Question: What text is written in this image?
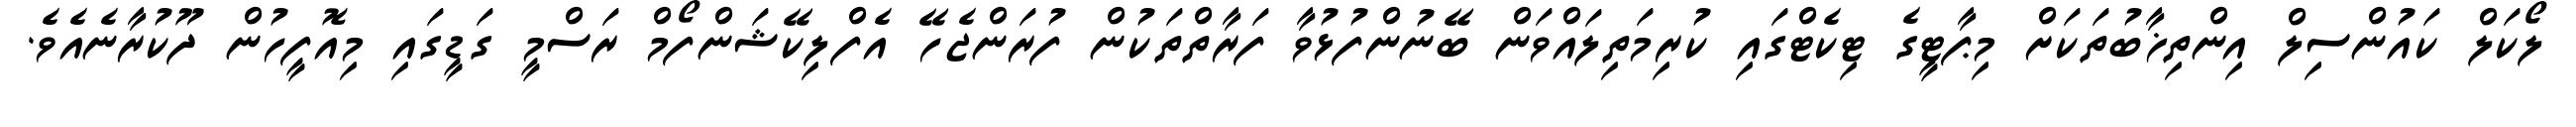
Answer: ލޯކަލް ކައުންސިލް އިންތިޚާބުތަކަށް މިޕާޓީގެ ޓިކެޓްގައި ކުރިމަތިލައްވަން ބޭނުންފުޅުވާ ފަރާތްތަކުން ފުރަންޖެހޭ އެފްލިކޭޝަންފޯމް ރަސްމީ ގަޑީގައި މިއޮފީހުން ދޫކުރާނެއެވެ.